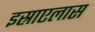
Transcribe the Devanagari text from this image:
इस्राएलास